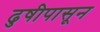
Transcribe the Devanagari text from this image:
ढुषीपासून